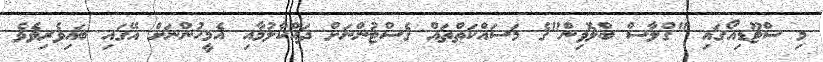
މި ސްޓޫޑިއޯގައި "ގްލާސް ބްލޮވިން"ގެ މަސައްކަތްތައް ގެސްޓުންނަށް ދައްކާލުމާއި އެމީހުންނަށް އޭގައި ބައިވެރިވެވެ